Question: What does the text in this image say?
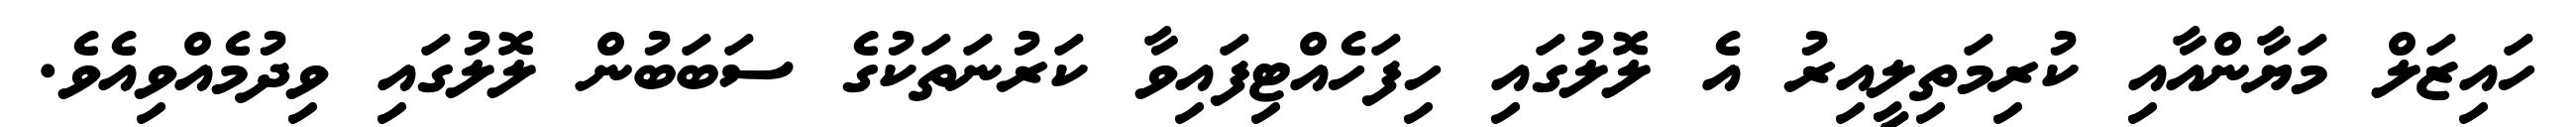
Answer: ހައިޒަލް މަޔާންއާއި ކުރިމަތިލީއިރު އެ ލޮލުގައި ހިފަހެއްޓިފައިވާ ކަރުނަތަކުގެ ސަބަބުން ލޮލުގައި ވިދުމެއްވިއެވެ.